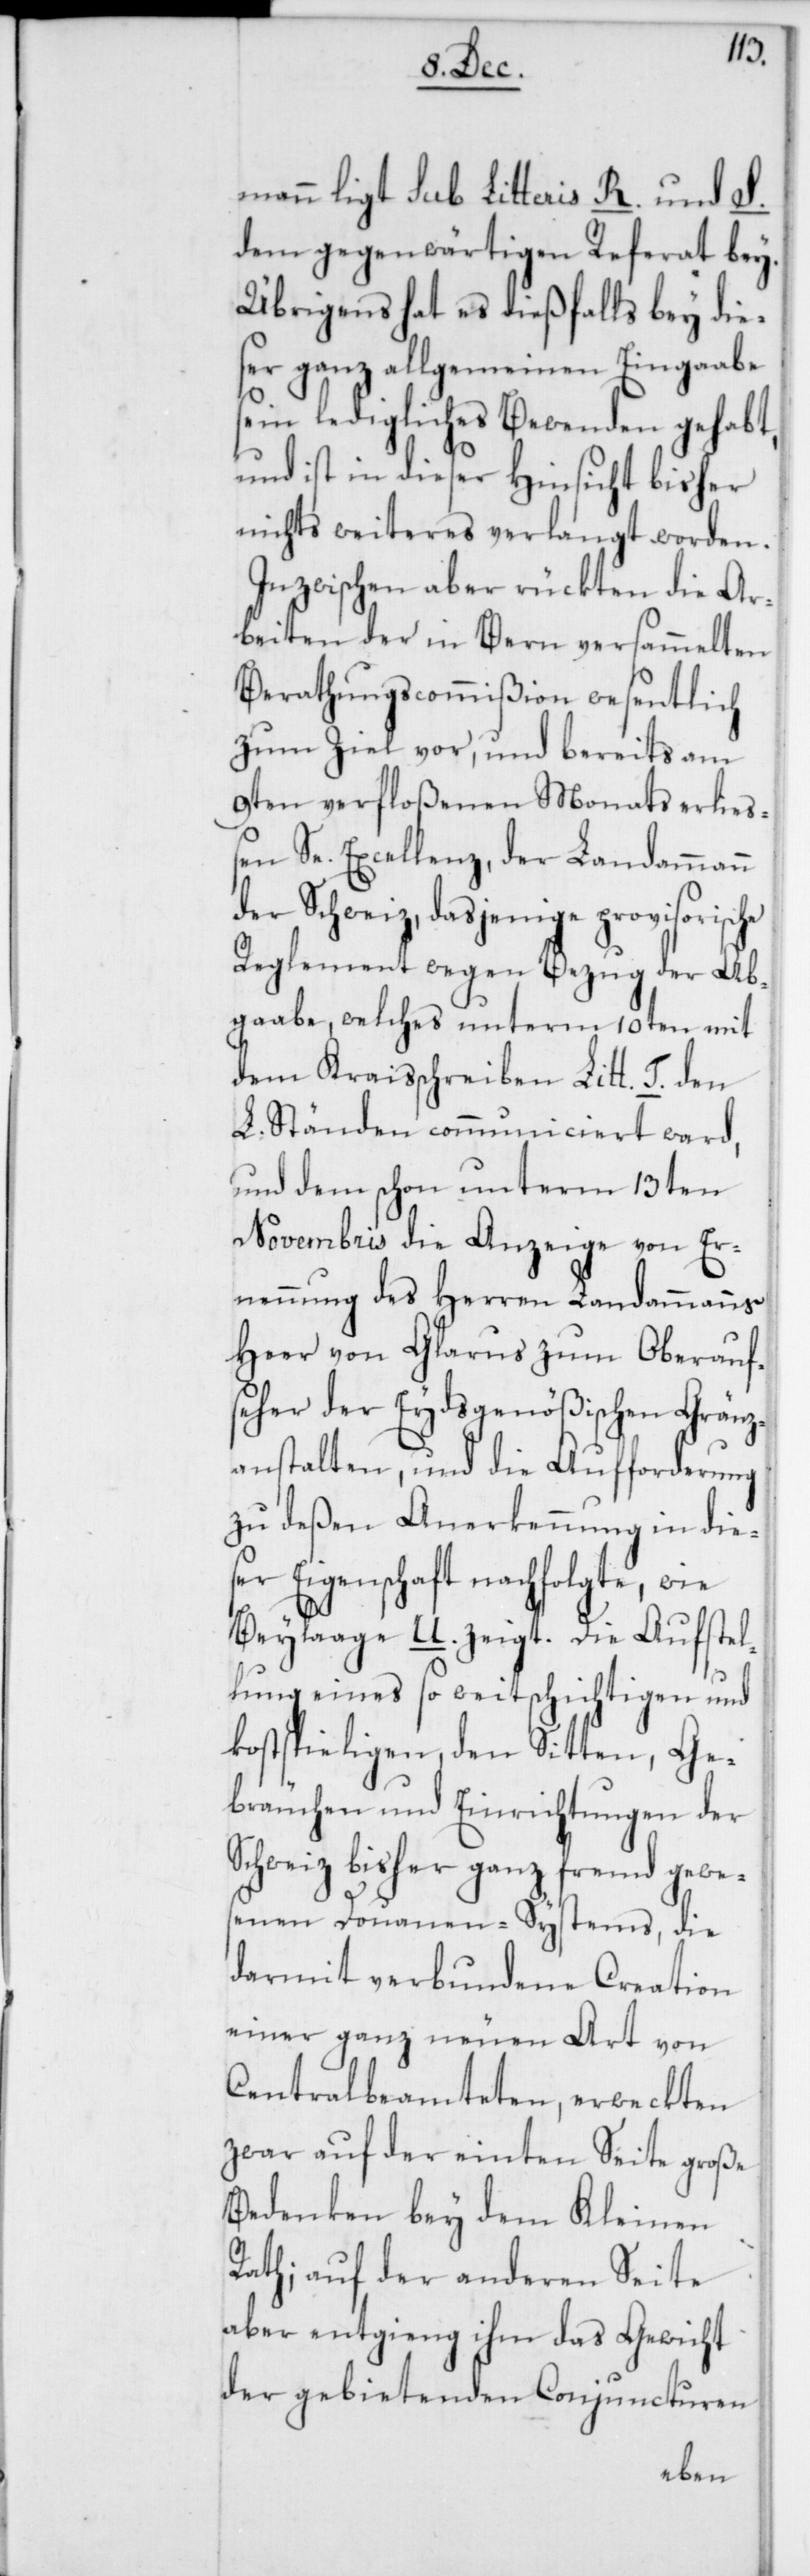
mann liegt sub Litteris R. und S.
dem gegenwärtigen Referat bey.
Übrigens hat es dießfalls bey die¬
ser ganz allgemeinen Eingaabe
sein ledigliches Bewenden gehabt,
und ist in dieser Hinsicht bisher
nichts weiteres verlangt worden.
Inzwischen aber rückten die Ar¬
beiten der in Bern versammelten
Berathungscommißion wesentlich
zum Ziel vor, und bereits am
9ten verfloßenen Monats erließ¬
en Se. Excellenz, der Landammann
der Schweiz, dasjenige provisorische
Reglement wegen Bezug der Ab¬
gabe, welches unterm 10ten mit
dem Kraisschreiben Litt. T. den
L. Ständen communiciert ward,
und dem schon unterm 13ten
Novembris die Anzeige von Er¬
nennung des Herren Landammanns
Heer von Glarus zum Oberaufs¬
eher der Eydsgenößischen Gränz¬
anstalten, und die Aufforderung
zu deßen Anerkennung in die¬
ser Eigenschaft nachfolgte, wie
Beylaage U. zeigt. Die Aufstel¬
lung eines so weitschichtigen und
kostspieligen, den Sitten, Ge¬
bräuchen und Einrichtungen der
Schweiz bisher ganz fremd gewe¬
senen Douanen-Systems, die
darmit verbundene Creation
einer ganz neuen Art von
Centralbeamteten, erweckten
zwar auf der einten Seite große
Bedenken bey dem Kleinen
Rath; auf der anderen Seite
aber entging ihm das Gewicht
der gebietenden Conjuncturen